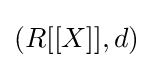
(R[[X]],d)